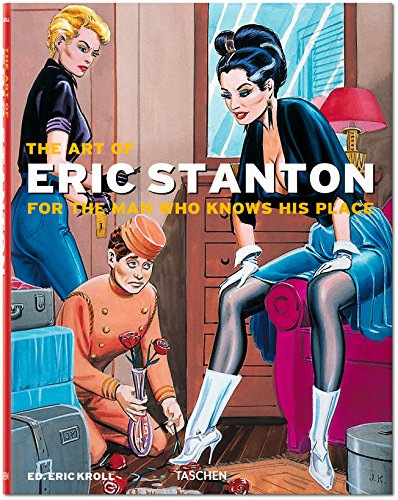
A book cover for The Art of Eric Stanton: For The Man Who Knows His Place; Arts & Photography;